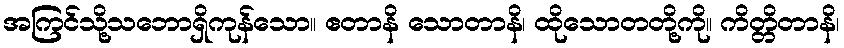
အကြင်သို့သဘောရှိကုန်သော။ ဧတာနိ သောတာနိ၊ ထိုသောတတို့ကို။ ကိတ္တိတာနိ၊